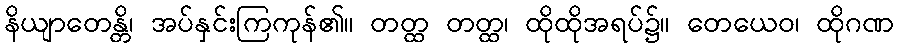
နိယျာတေန္တိ၊ အပ်နှင်းကြကုန်၏။ တတ္ထ တတ္ထ၊ ထိုထိုအရပ်၌။ တေယေဝ၊ ထိုဂဏ